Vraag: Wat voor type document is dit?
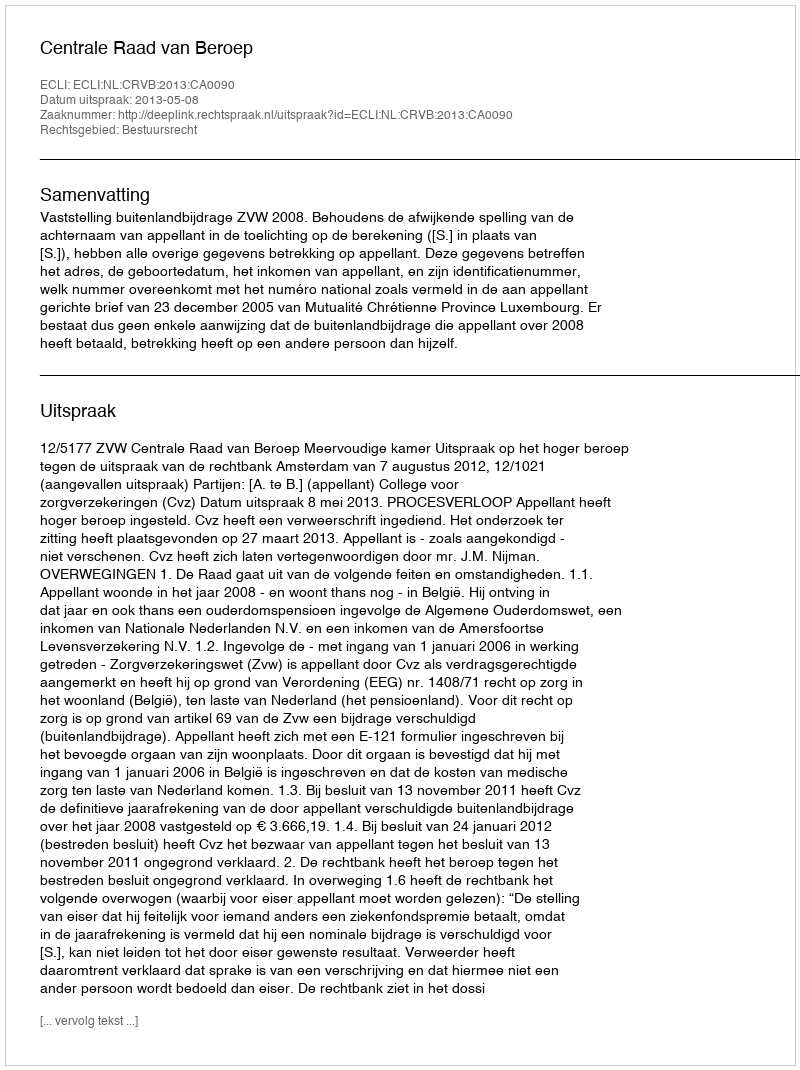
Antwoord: Uitspraak